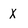
Character: X